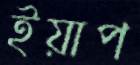
ইয়াপ